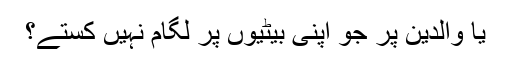
یا والدین پر جو اپنی بیٹیوں پر لگام نہیں کستے؟